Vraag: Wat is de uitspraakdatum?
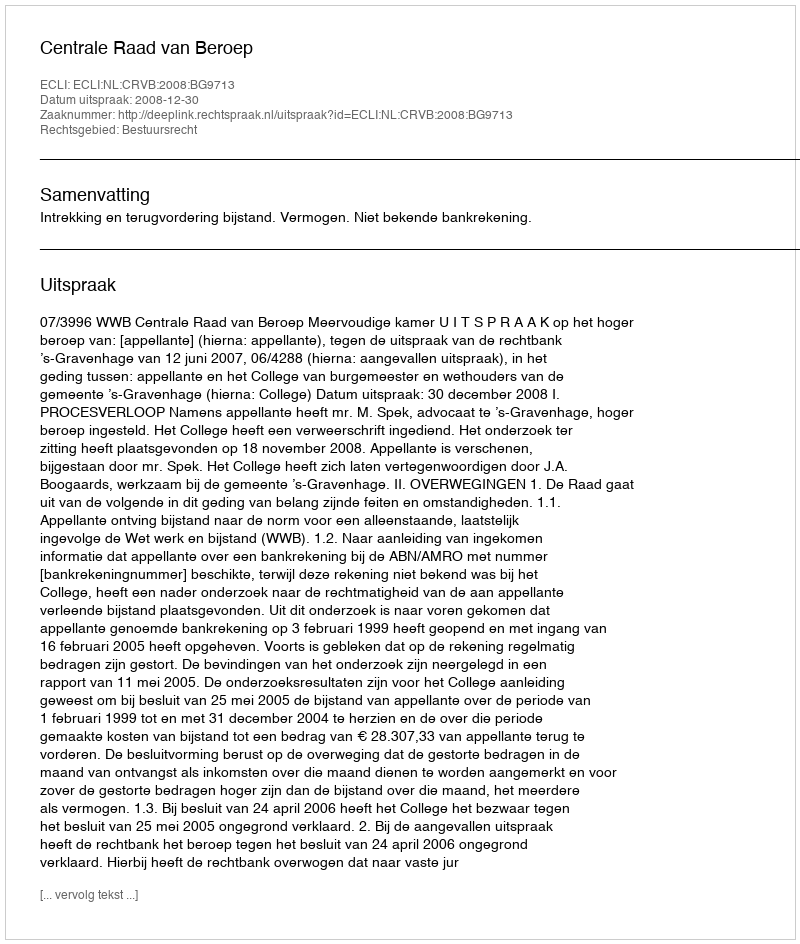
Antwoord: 2008-12-30